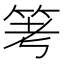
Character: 𥬯